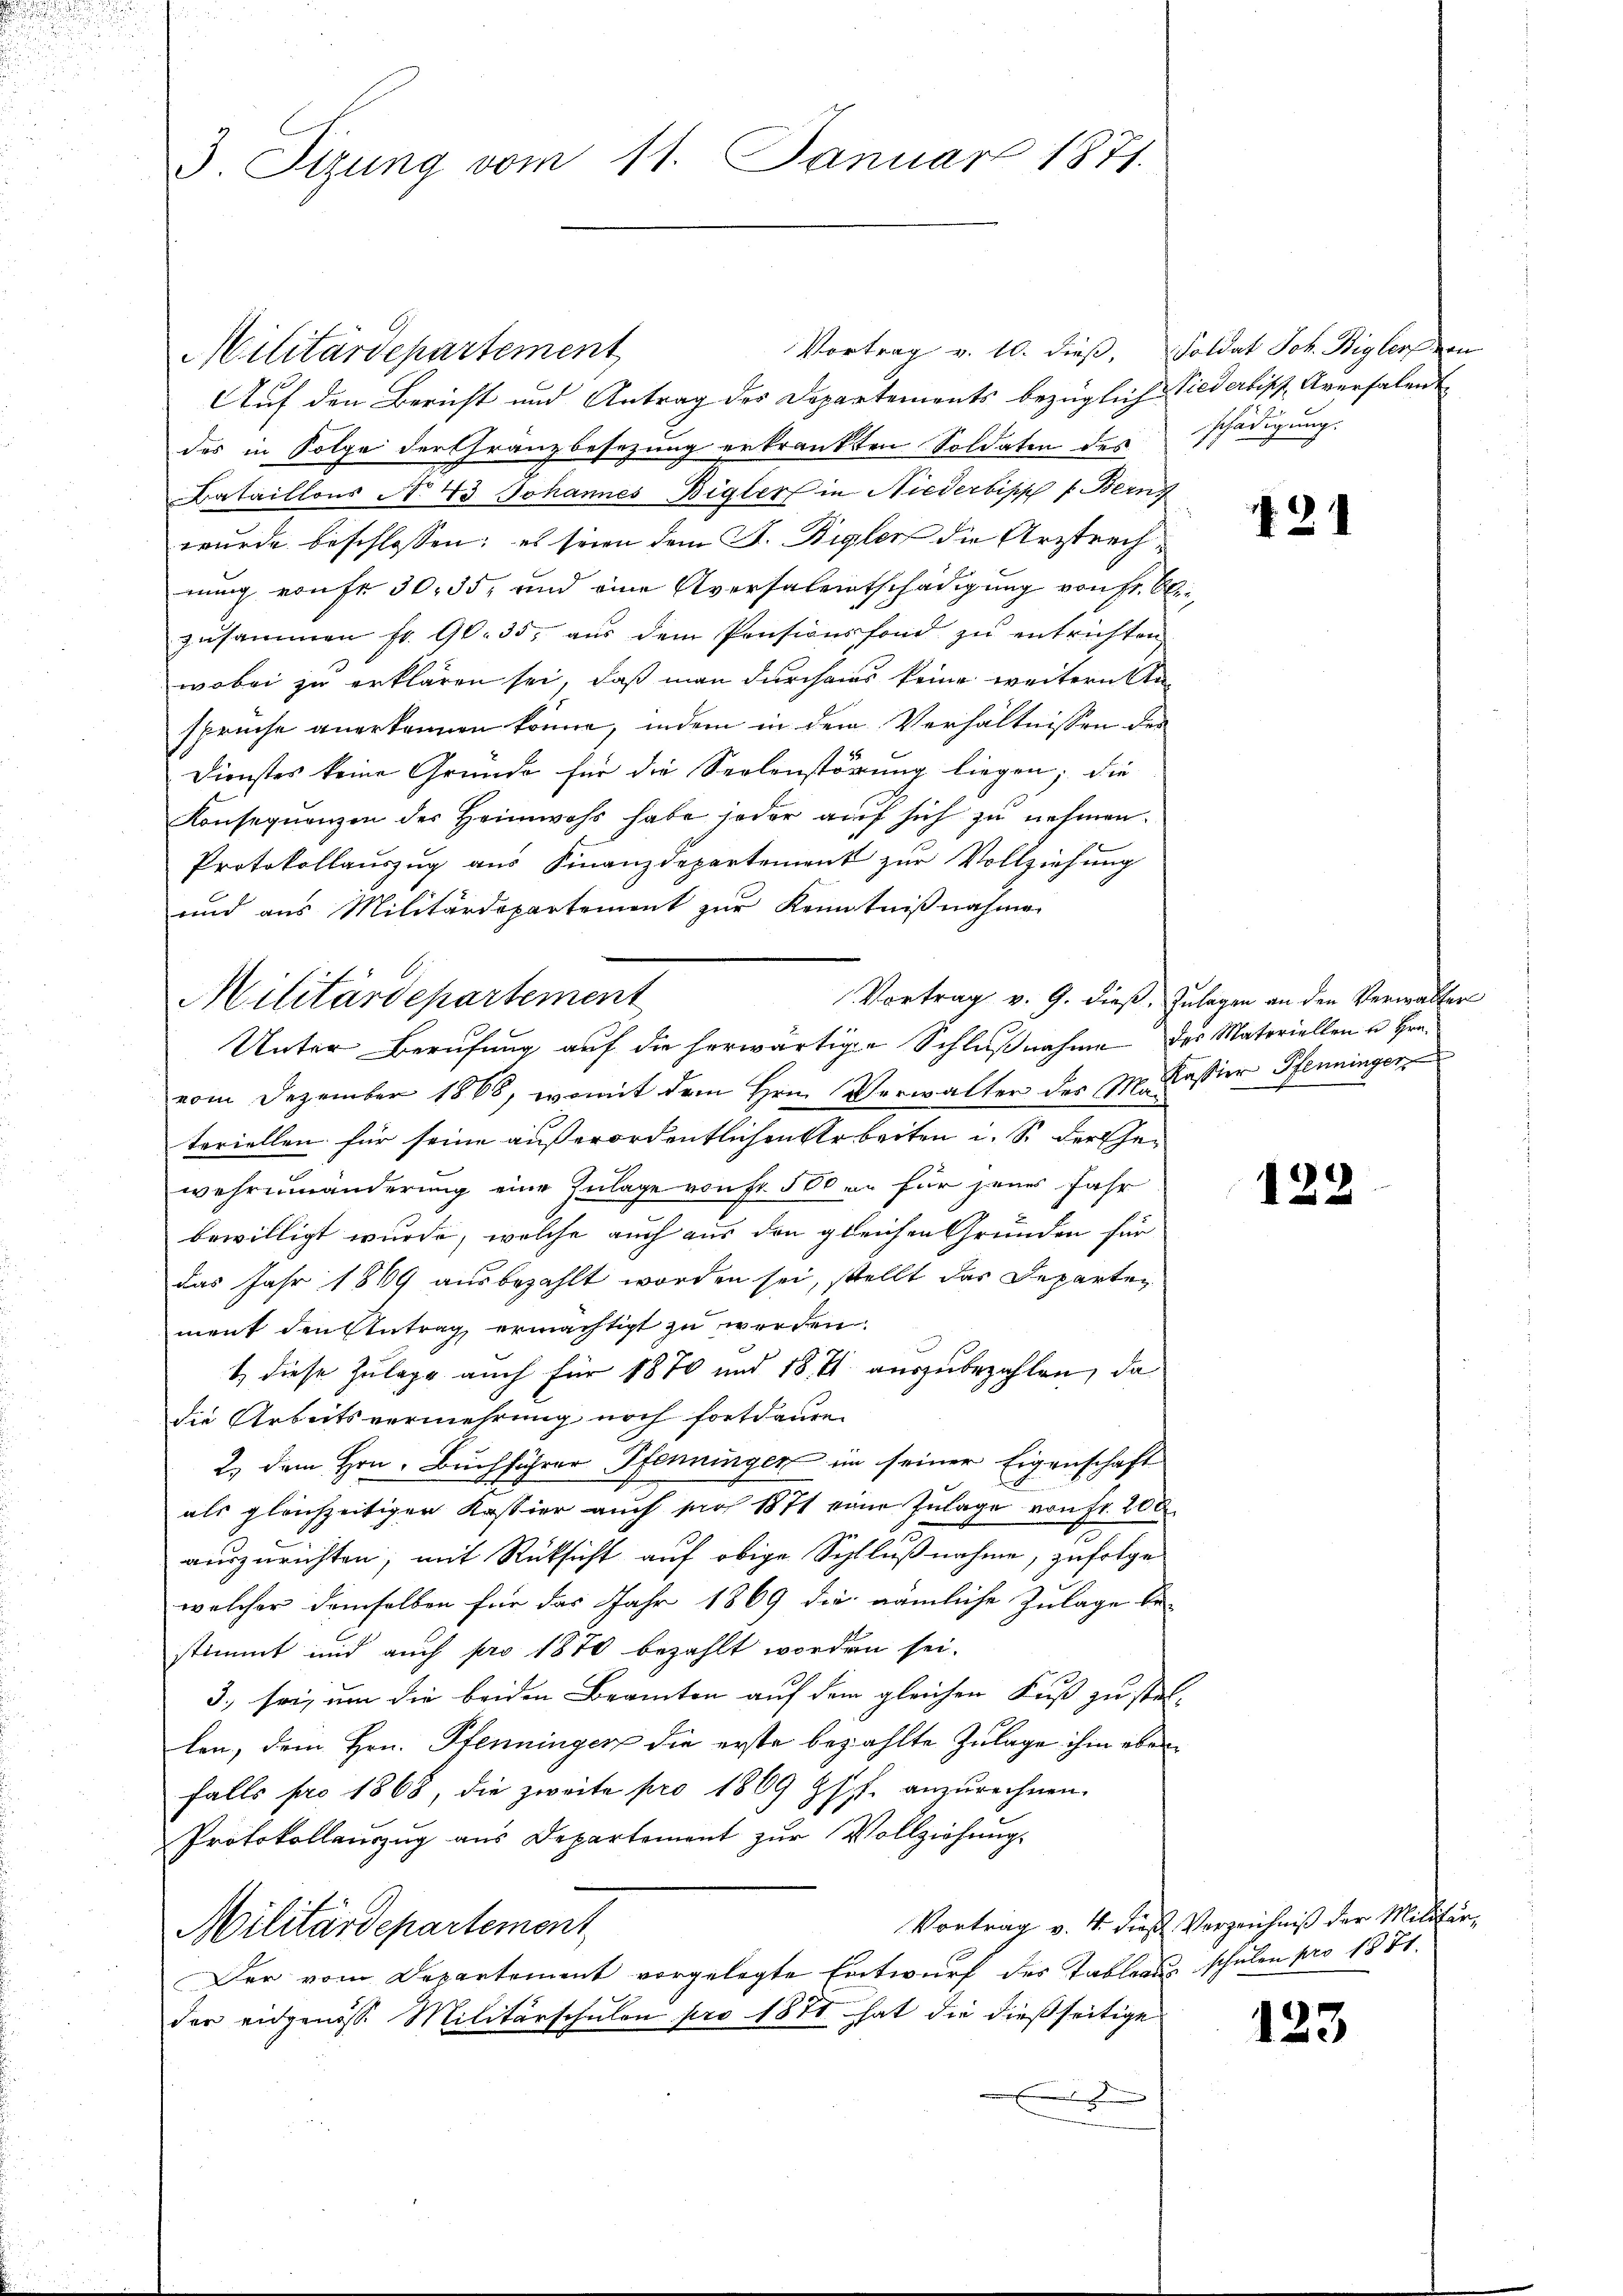
3. Sizung vom 11. Januar 1871.

Militärdepartement
Auf den Bericht und Antrag des Departements bezüglich
des in Folge der Gränzbesezung erkränkten Soldaten des
Bataillons No 43 Johannes Bigler in Niederbipp / Bern
wurde beschlossen; es seien dem J. Rigler die Ursprech
nung von fr. 30, 35, und eine Aversalentschädigung von Fr. 6
zusammen fr. 90. 35. aŭs dem Pensionsfond zŭ entrichten
wobei zu erklären sei, daß man durchaus keine weitern Ansprüche anerkennen könne, indem in dem Verhältnissen des
Dienstes keine Gründe für die Seelenstörung liegen; die
Konsequenzen der Heimwehs habe jeder auf sich zu nehmen.
Protokollauszug aus Finanzdepartement zur Vollziehung
und aus Militärdepartement zur Kenntnißnahme
vom Dezember 1868, womit dem Hrn. Verwalter des M. Kassier Pfenninger
teriellen für seine außerordentlichen Arbeiten u. So der Gewehrumänderung eine Zulage von Fr. 500 an für jenes Jahr
u
bewilligt wurde, welche auch aus den gleichen Gründen für
das Jahr 1869 ausbezahlt worden sei, stellt das Departement den Antrag ermächtigt zu werden.
1) diese Zulage auch für 1870 und 18. 71 auszubezahlen, da
die Arbeitsvermehrung noch fortdauen
2., dem Hrn. Buchführer Pfenninger im seiner Eigenschaft
als gleichzeitiger Kastier auch pro 1871 eine Zulage von fr. 200
auszurichten, mit Rücksicht auf obige Schlußnahme, zufolge
welcher demselben für das Jahr 1869 die nämliche Zulage be
stimmt und auch pro 1870 bezahlt worden sei.
3. sei, um die beiden Beamten auf dem gleichen Fuß zu stelen, dem Hrn. Pfenninger die erste bezahlte Zulage ihm aber
falls pro 1868, die zweite pro 1869 Gspf. anzurechnen.
Protokollauszug aus Departement zŭr Vollziehŭng
Militärdepartement
Der vom Departement vorgelegte Entwurf des Tableaus schulen pro 1881.
der eidgenösse Militärschulen pro 1871 hat die dießseitige
x

Vortrag v. 10. dieß,

Militärdepartement
Unter Berufung auf die herwärtigen Schlußnahme

Soldat Joh. Bigler von
Niederlis Aversalent
schädigung.

421

Vortrag v. 9. dieß. Zulagen an den Verwalter
des Materiellen u Hrn.

122

Vortrag v. 4. dieß Verzeichniß der Militär,

123